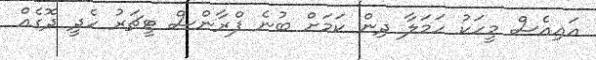
އައިއެސް މީހަކު ހަމަލާ ދިން ކަމަށް ބުނެ ފްރާންސް ޓީޗަރު ހެދީ ދޮގެއް